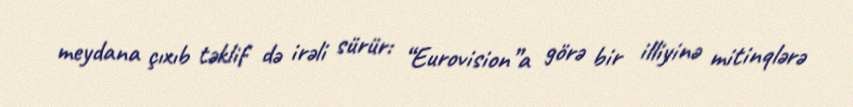
meydana çıxıb təklif də irəli sürür: “Eurovision”a görə bir illiyinə mitinqlərə